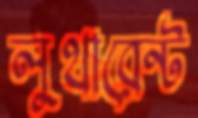
লুথারেন্ট